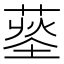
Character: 𦹨